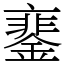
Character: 䥆